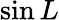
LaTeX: \sin L